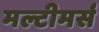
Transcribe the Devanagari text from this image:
मल्टीमर्स